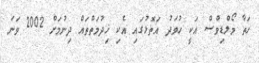
ހަތާ މޯލްޑިވްސް އަކީ ހުވަދު އަތޮޅުގައި އެކި ޚިދުމަތްތައް ދިނުމަށް 2002 ވަނަ